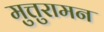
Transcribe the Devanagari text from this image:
मुत्तुरामन